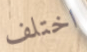
اختلف